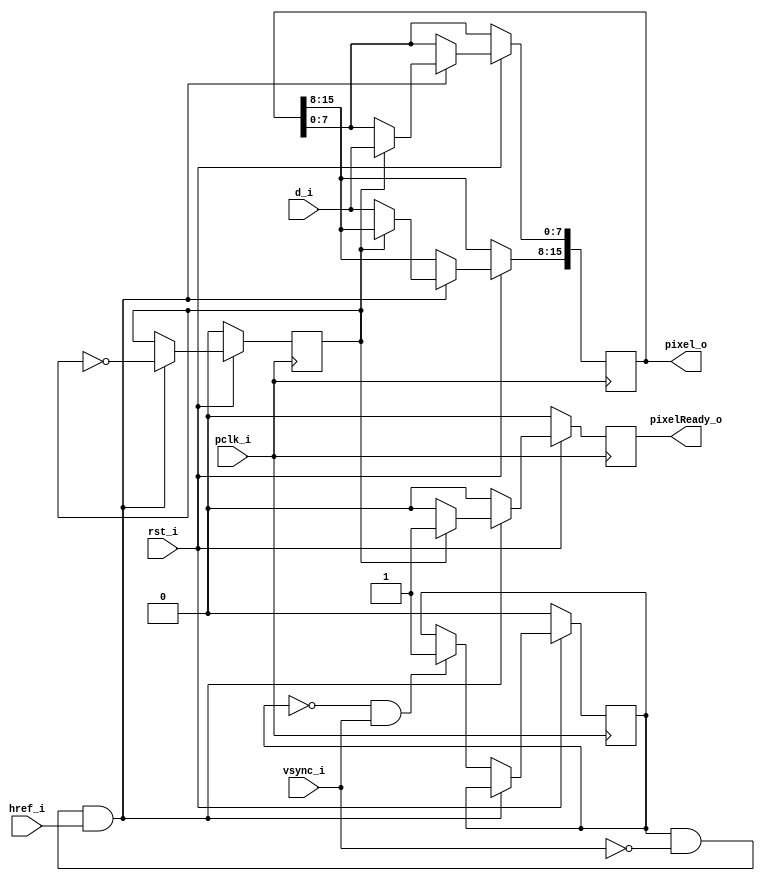
module RGB656Receive (d_i, vsync_i, href_i, pclk_i, rst_i, pixelReady_o, pixel_o);
   input       [7:0] d_i;        
   input       vsync_i;          
   input       href_i;           
   input       pclk_i;           
   input       rst_i;            
   output reg  pixelReady_o;     
   output reg  [15:0] pixel_o;   
   reg         odd = 0;
   reg         frameValid = 0;
   always @(posedge pclk_i) begin
      pixelReady_o <= 0;
      if (rst_i == 0) begin
         odd <= 0;
         frameValid <= 0;
      end else begin
         if (frameValid == 1 && vsync_i == 0 && href_i == 1) begin
            if (odd == 0) begin    
               pixel_o[15:8] <= d_i;
            end else begin
               pixel_o[7:0] <= d_i;
               pixelReady_o <= 1;   
            end
            odd <= ~odd;
         end else if (frameValid == 0 && vsync_i == 1) begin
            frameValid <= 1;            
         end
      end
   end
endmodule